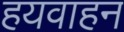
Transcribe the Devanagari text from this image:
हयवाहन